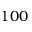
1 0 0